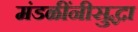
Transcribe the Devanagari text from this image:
मंडळींनीसुद्धा